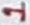
Text: 1